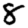
Digit: 8